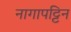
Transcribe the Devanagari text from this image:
नागापट्टिन